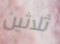
ثلاثين